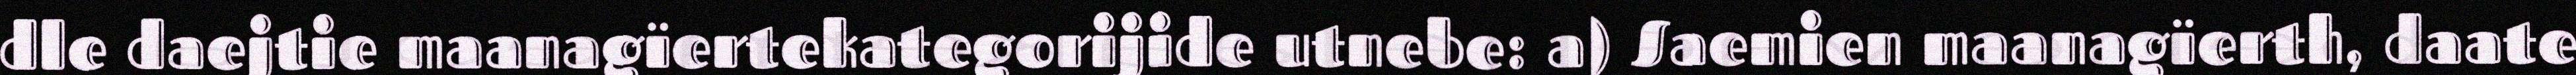
dle daejtie maanagïertekategorijide utnebe: a) Saemien maanagïerth, daate